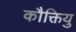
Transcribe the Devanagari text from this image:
कौक्तियु